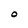
Character: O